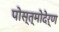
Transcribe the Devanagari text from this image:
पोस्त्मोदेर्ण